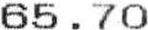
65.70